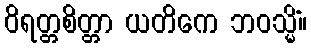
ဝိရတ္တစိတ္တာ ယတိကေ ဘဝသ္မိံ။